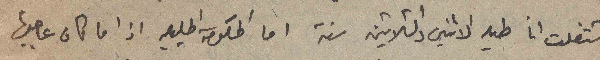
اشتغلت انا طيه الاثنين والثلاثين سنة اما الحكومة الجليلة اذا ما كان عاجبها